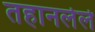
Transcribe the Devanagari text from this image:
तहानलेले